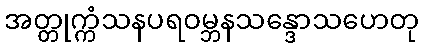
အတ္တုက္ကံသနပရဝမ္ဘနသန္ဒောသဟေတု